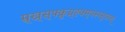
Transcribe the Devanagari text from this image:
म्र्ख्र्स्फ्क्रुय्र्ह्क्म्फ्स्य्सुफ्ज्व्